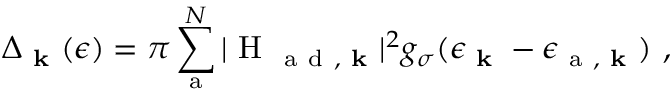
\Delta _ { \textbf { k } } ( \epsilon ) = \pi \sum _ { \mathrm { ~ a ~ } } ^ { N } | \mathrm { ~ H ~ } _ { \mathrm { ~ a ~ d ~ } , \textbf { k } } | ^ { 2 } g _ { \sigma } ( \epsilon _ { \textbf { k } } - \epsilon _ { \mathrm { ~ a ~ } , \textbf { k } } ) ~ ,